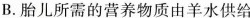
B. 胎儿所需的营养物质由羊水供给